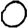
Digit: 0